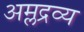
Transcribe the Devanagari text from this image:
अम्लद्रव्य